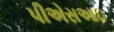
પીએસઆઇ